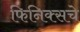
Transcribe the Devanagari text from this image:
फिनिक्सचे